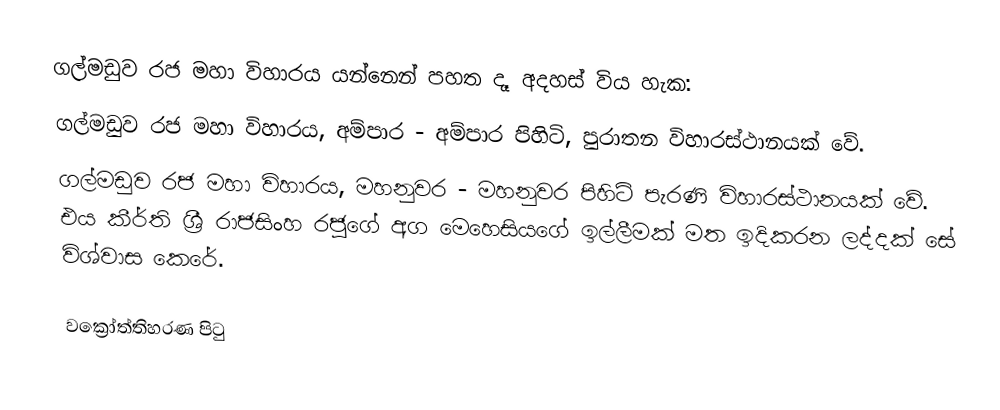
ගල්මඩුව රජ මහා විහාරය යන්නෙන් පහත දෑ අදහස් විය හැක:
 ගල්මඩුව රජ මහා විහාරය, අම්පාර - අම්පාර පිහිටි, පුරාතන විහාරස්ථානයක් වේ.
 ගල්මඩුව රජ මහා විහාරය, මහනුවර - මහනුවර පිහිටි පැරණි විහාරස්ථානයක් වේ. එය කීර්ති ශ්‍රී රාජසිංහ රජුගේ අග මෙහෙසියගේ ඉල්ලීමක් මත ඉදිකරන ලද්දක් සේ විශ්වාස කෙරේ.

වක්‍රෝත්තිහරණ පිටු